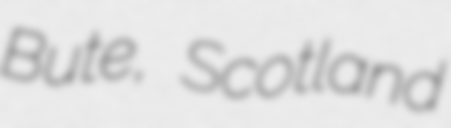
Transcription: Bute, Scotland